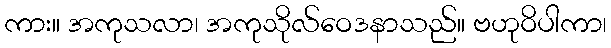
ကား။ အကုသလာ၊ အကုသိုလ်ဝေဒနာသည်။ ဗဟုဝိပါကာ၊